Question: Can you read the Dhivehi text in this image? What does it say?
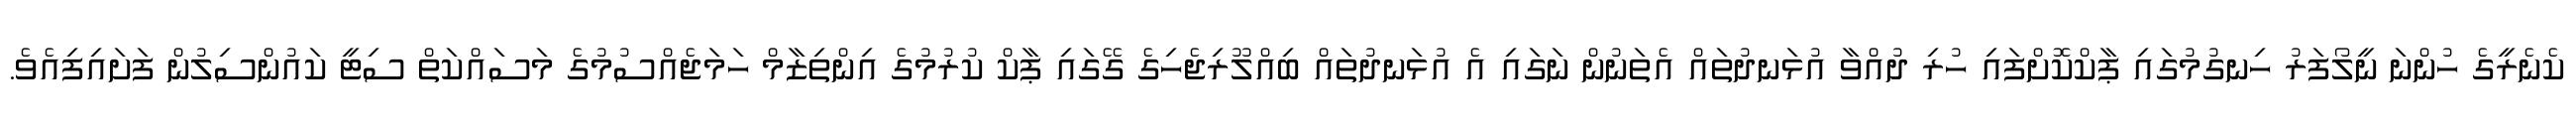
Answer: ކެނެރީގެ ހުންނަ ނީލޯފަރު ހިނގުމުގައި ޕާކްކޮށްފައި ހުރި ދުއްވާ އުޅަނދުތައް އެތަނުން ނަގައި އެ އުޅަނދުތައް ބިއްލޫރިޖެހިގެ ގޭގައި ޕާކް ކުރުމުގެ އިންތިޒާމް ހަމަޖެއްސުމުގެ މަސައްކަތް ސިޓީ ކައުންސިލުން ފަށައިފިއެވެ.